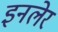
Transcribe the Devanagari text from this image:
इनलेर